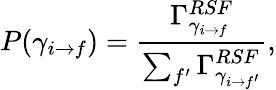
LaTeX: P(\gamma_{i\rightarrow f})=\frac{\Gamma_{\gamma_{i\rightarrow f}}^{RSF}}{\sum_{f^{\prime}}\Gamma_{\gamma_{i\rightarrow f^{\prime}}}^{RSF}},